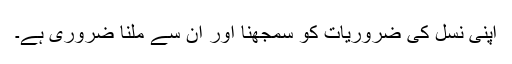
اپنی نسل کی ضروریات کو سمجھنا اور ان سے ملنا ضروری ہے۔